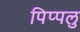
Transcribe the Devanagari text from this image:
पिप्पलु